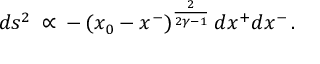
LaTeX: d s ^ { 2 } \: \propto \: - \, ( x _ { 0 } - x ^ { - } ) ^ { \frac { 2 } { 2 \gamma - 1 } } \, d x ^ { + } d x ^ { - } \, .